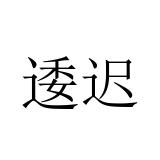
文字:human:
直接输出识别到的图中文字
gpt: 逶迟